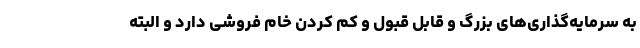
به سرمایه‌گذاری‌های بزرگ و قابل قبول و کم کردن خام فروشی دارد و البته